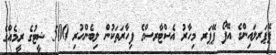
ޕޭޕަރލައިންގެ އޭފޯ ޕޭޕަރ މިހާރު އެސްޓާރސްގެ ފިހާރަތަކުން ލިބެންހުރި 500 ޝީޓުގެ ރީމެއްގެ